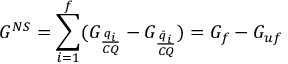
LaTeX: G ^ { N S } = \sum _ { i = 1 } ^ { f } ( G _ { \frac { q _ { i } } { C Q } } - G _ { \frac { \bar { q } _ { i } } { C Q } } ) = G _ { f } - G _ { u f }